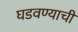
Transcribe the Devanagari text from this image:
घडवण्याची